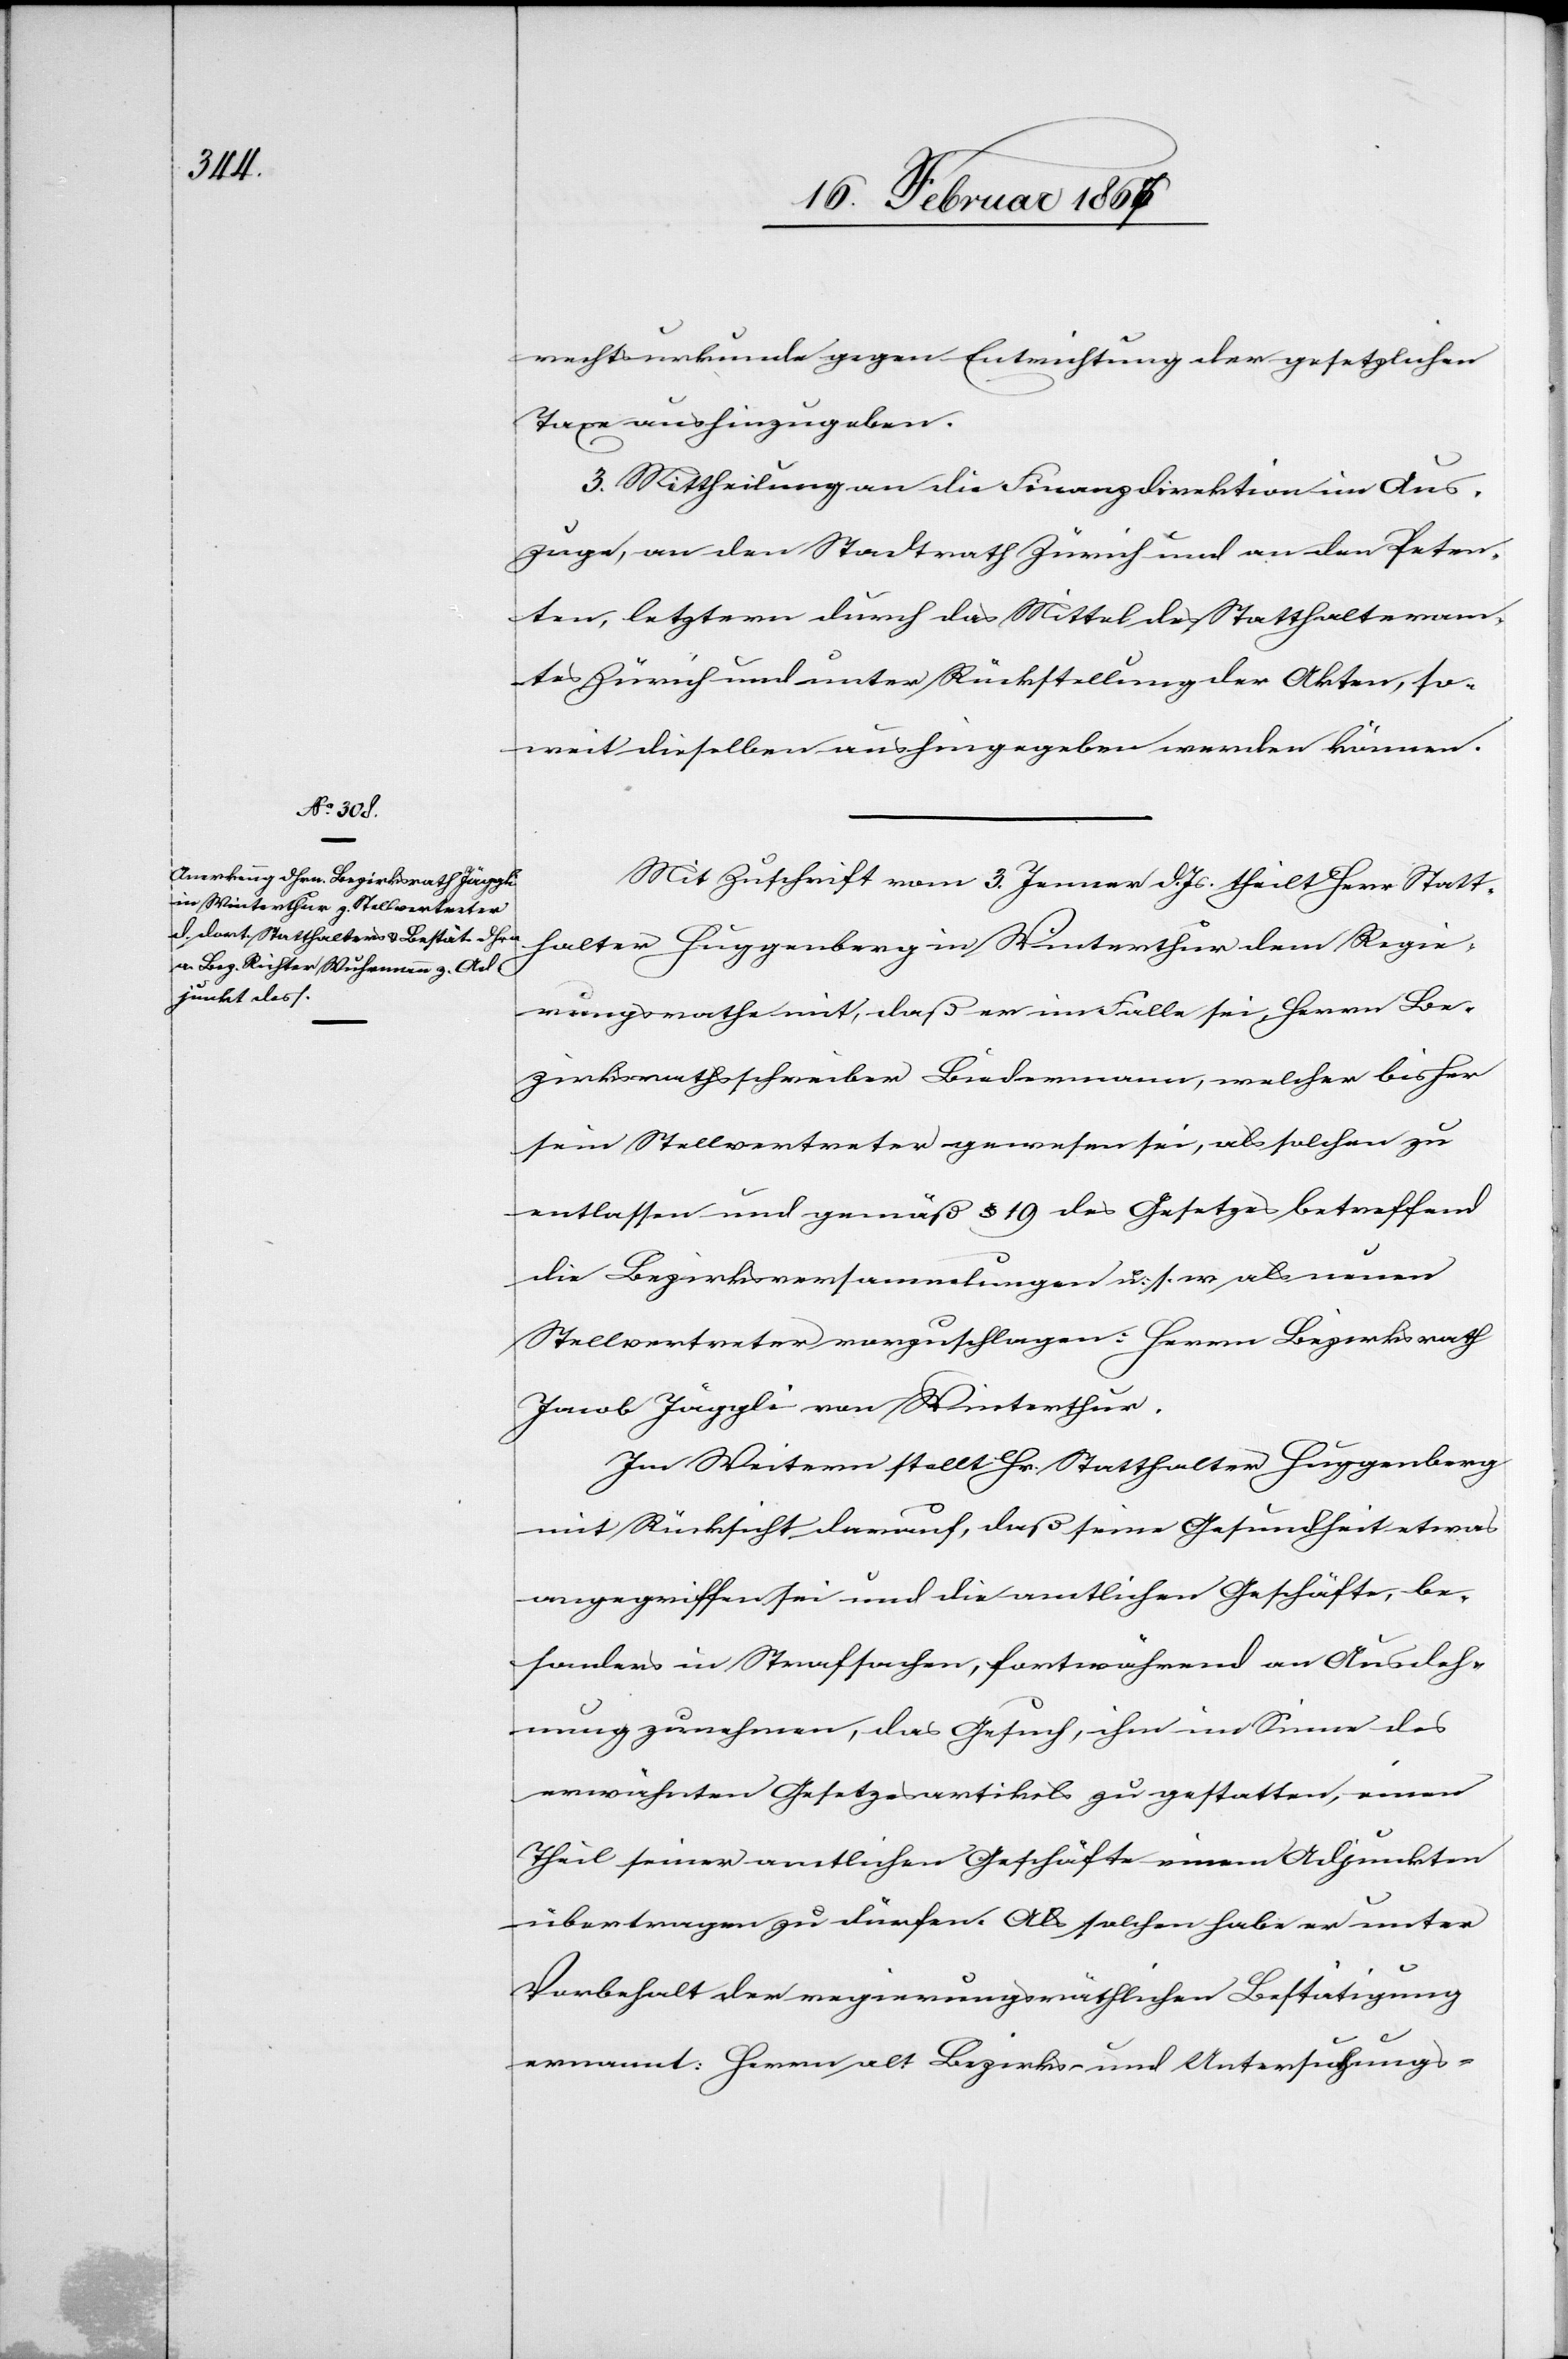
rechtsurkunde gegen Entrichtung der gesetzlichen
Taxe aushinzugeben.
3. Mittheilung an die Finanzdirektion im Aus¬
zuge, an den Stadtrath Zürich und an den Peten¬
ten, letztern durch das Mittel des Statthalteram¬
tes Zürich und unter Rückstellung der Akten, so¬
weit dieselben aushingegeben werden können.
Mit Zuschrift vom 3 Jenner d. Js theilt Herr Statt¬
halter Huggenberg in Winterthur dem Regie¬
rungsrathe mit, daß er im Falle sei, Herrn Be¬
zirksrathsschreiber Biedermann, welcher bisher
sein Stellvertreter gewesen sei, als solchen zu
entlassen und gemäß § 19 des Gesetzes betreffend
die Bezirksversammlungen u. s. w. als neuen
Stellvertreter vorzuschlagen: Herrn Bezirksrath
Jacob Jäggli von Winterthur.
Im Weitern stellt Hr. Statthalter Huggenberg
mit Rücksicht darauf, daß seine Gesundheit etwas
angegriffen sei und die amtlichen Geschäfte, be¬
sonders in Strafsachen, fortwährend an Ausdeh¬
nung zunehmen, das Gesuch, ihm im Sinne des
erwähnten Gesetzesartikels zu gestatten, einen
Theil seiner amtlichen Geschäfte einem Adjunkten
übertragen zu dürfen. Als solchen habe er unter
Vorbehalt der regierungsräthlichen Bestätigung
ernannt: Herrn alt Bezirks- und Untersuchungs-